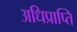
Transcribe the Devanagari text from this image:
अधिप्राप्‍ति